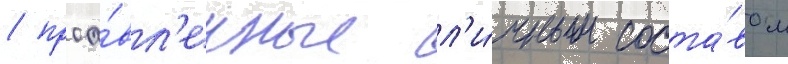
/ проа́вл'енные л'и́чным соста́вом